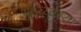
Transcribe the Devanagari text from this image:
अर्थ्व्य्वस्था